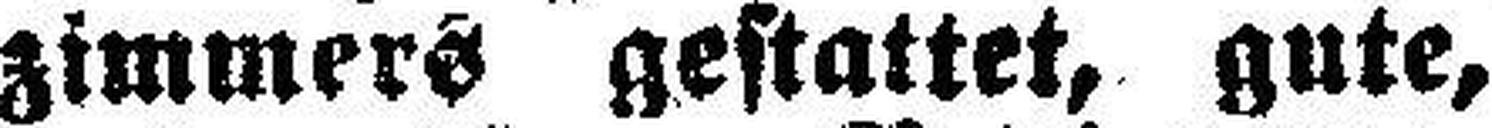
zimmers gestattet, gute,